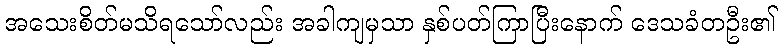
အသေးစိတ်မသိရသော်လည်း အခါကျမှသာ နှစ်ပတ်ကြာပြီးနောက် ဒေသခံတဦး၏